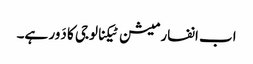
اب انفارمیشن ٹیکنالوجی کا دَور ہے۔